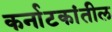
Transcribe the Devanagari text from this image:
कर्नाटकांतील